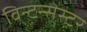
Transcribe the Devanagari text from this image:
विन्टन्सेस्टर